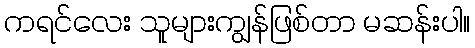
ကရင်လေး သူများကျွန်ဖြစ်တာ မဆန်းပါ။